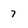
Character: 7